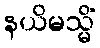
နယိမသ္မိံ